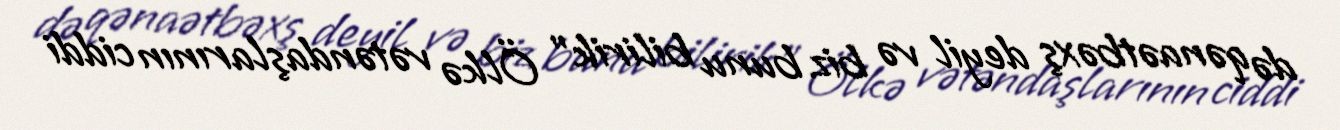
də qənaətbəxş deyil və biz bunu bilirik” Ölkə vətəndaşlarının ciddi